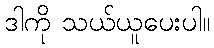
ဒါကို သယ်ယူပေးပါ။